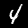
Label: 4